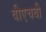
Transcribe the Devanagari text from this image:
वीएचबी